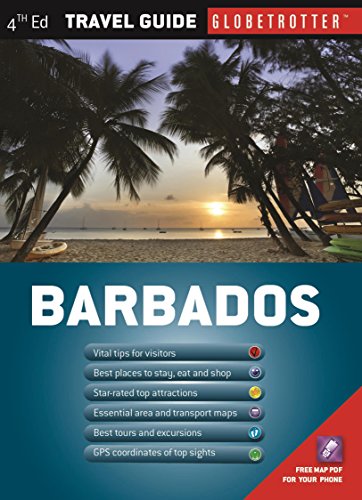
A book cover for Barbados Travel Pack (Globetrotter Travel Packs); Melissa Shales; Travel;